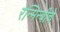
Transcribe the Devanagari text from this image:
रेन्मिन्बीचे